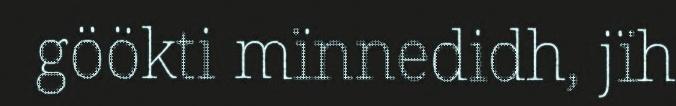
göökti mïnnedidh, jïh